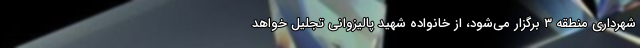
شهرداری منطقه ۳ برگزار می‌شود، از خانواده شهید پالیزوانی تجلیل خواهد